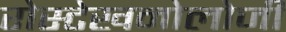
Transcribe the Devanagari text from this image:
रोस्टेखनोलोजी